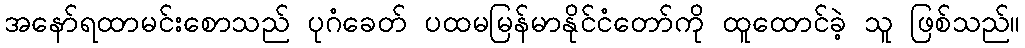
အနော်ရထာမင်းစောသည် ပုဂံခေတ် ပထမမြန်မာနိုင်ငံတော်ကို ထူထောင်ခဲ့ သူ ဖြစ်သည်။